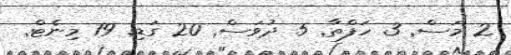
2 މަސް